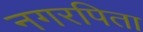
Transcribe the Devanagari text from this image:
नगरपिता